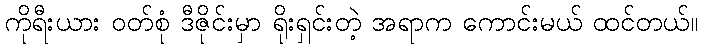
ကိုရီးယား ဝတ်စုံ ဒီဇိုင်းမှာ ရိုးရှင်းတဲ့ အရာက ကောင်းမယ် ထင်တယ်။